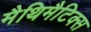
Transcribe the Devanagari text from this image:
मैथिमैटिक्स